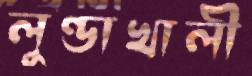
লুণ্ডাখালী